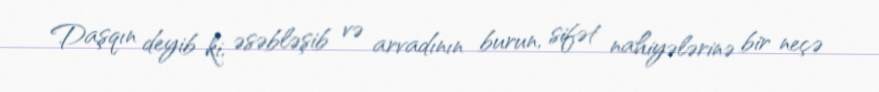
Daşqın deyib ki, əsəbləşib və arvadının burun, sifət nahiyələrinə bir neçə